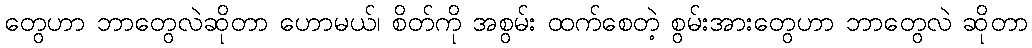
တွေဟာ ဘာတွေလဲဆိုတာ ဟောမယ်၊ စိတ်ကို အစွမ်း ထက်စေတဲ့ စွမ်းအားတွေဟာ ဘာတွေလဲ ဆိုတာ